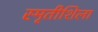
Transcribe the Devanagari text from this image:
स्मृतीशिला